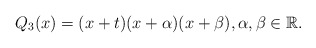
\begin{align*}Q_3(x)=(x+t)(x+\alpha)(x+\beta),\alpha,\beta\in \mathbb{R}.\end{align*}